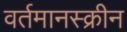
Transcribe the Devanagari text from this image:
वर्तमानस्क्रीन